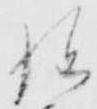
経